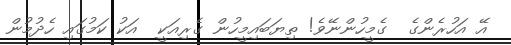
އޭ އަހުރެންގެ  ގެމީހުންނޭވެ! ތިޔަބައިމީހުން ގެރިއަކީ  އަކު ކަމުގައި ހެދުމުން